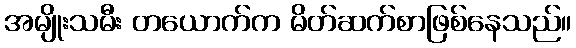
အမျိုးသမီး တယောက်က မိတ်ဆက်စာဖြစ်နေသည်။